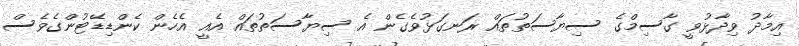
އިމާދު ވިދާޅުވީ ގާސިމްގެ ސިޔާސަތުތައް ރަނގަޅުވެގެން އެ ސިޔާސަތުތައް އެއީ އެހެން ކެންޑިޑޭޓުންގެވެސް